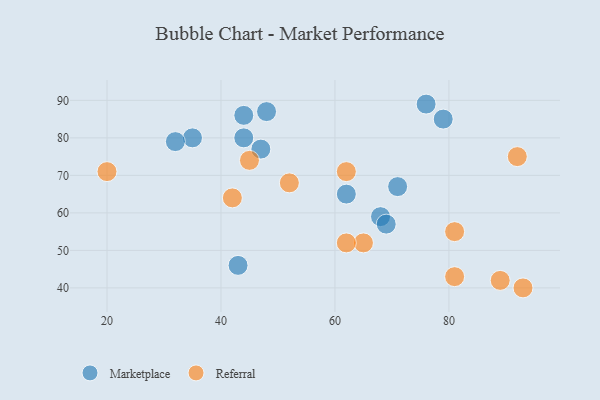
{"axis": {"x": "GDP", "y": "Life Expectancy"}, "legend": ["Marketplace", "Referral"], "data": [{"x": "62", "y": 65, "type": "Marketplace"}, {"x": "68", "y": 59, "type": "Marketplace"}, {"x": "44", "y": 80, "type": "Marketplace"}, {"x": "35", "y": 80, "type": "Marketplace"}, {"x": "47", "y": 77, "type": "Marketplace"}, {"x": "71", "y": 67, "type": "Marketplace"}, {"x": "32", "y": 79, "type": "Marketplace"}, {"x": "44", "y": 86, "type": "Marketplace"}, {"x": "76", "y": 89, "type": "Marketplace"}, {"x": "48", "y": 87, "type": "Marketplace"}, {"x": "69", "y": 57, "type": "Marketplace"}, {"x": "43", "y": 46, "type": "Marketplace"}, {"x": "79", "y": 85, "type": "Marketplace"}, {"x": "62", "y": 71, "type": "Referral"}, {"x": "52", "y": 68, "type": "Referral"}, {"x": "81", "y": 55, "type": "Referral"}, {"x": "65", "y": 52, "type": "Referral"}, {"x": "93", "y": 40, "type": "Referral"}, {"x": "20", "y": 71, "type": "Referral"}, {"x": "92", "y": 75, "type": "Referral"}, {"x": "62", "y": 52, "type": "Referral"}, {"x": "81", "y": 43, "type": "Referral"}, {"x": "45", "y": 74, "type": "Referral"}, {"x": "89", "y": 42, "type": "Referral"}, {"x": "42", "y": 64, "type": "Referral"}]}